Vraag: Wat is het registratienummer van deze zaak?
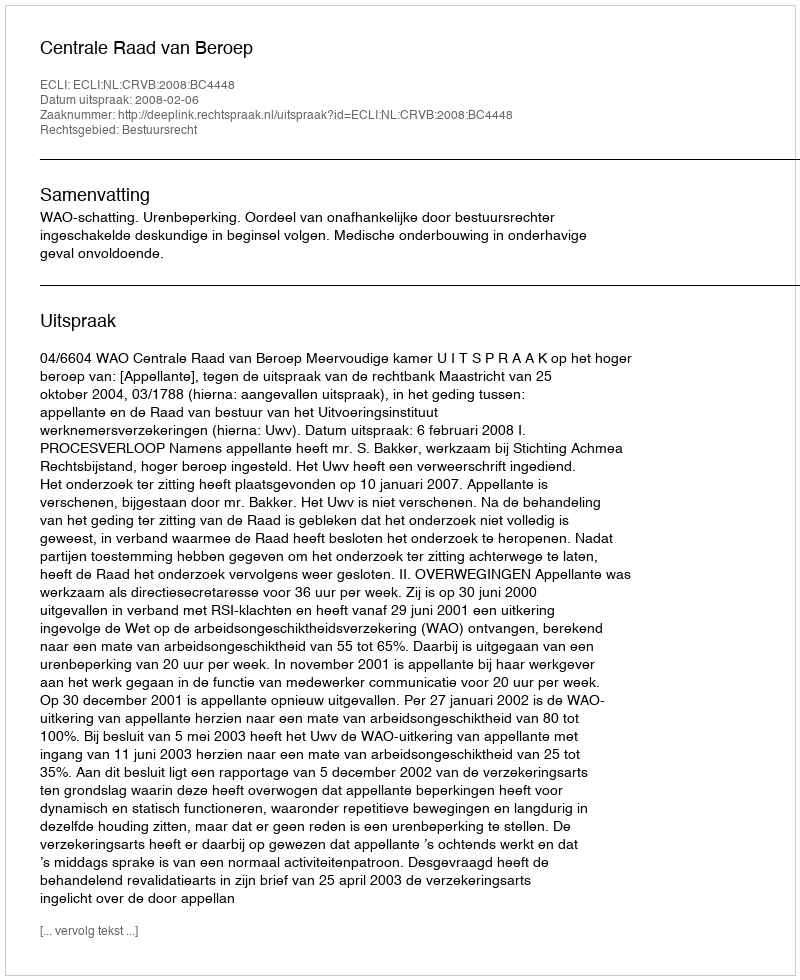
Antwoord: http://deeplink.rechtspraak.nl/uitspraak?id=ECLI:NL:CRVB:2008:BC4448